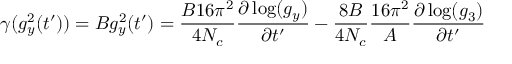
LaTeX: \gamma ( g _ { y } ^ { 2 } ( t ^ { \prime } ) ) = B g _ { y } ^ { 2 } ( t ^ { \prime } ) = \frac { B 1 6 \pi ^ { 2 } } { 4 N _ { c } } \frac { \partial \log ( g _ { y } ) } { \partial t ^ { \prime } } - \frac { 8 B } { 4 N _ { c } } \frac { 1 6 \pi ^ { 2 } } { A } \frac { \partial \log ( g _ { 3 } ) } { \partial t ^ { \prime } }